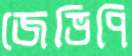
জেভিপি